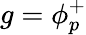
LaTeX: g=\phi_{p}^{+}